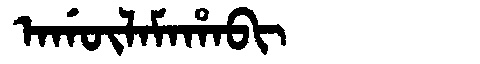
Manchu: ᠠᡤᡡᠯᠠᠮᠠᡥᠠᠪᡳ
Romanization: AGŪLAMAHABI